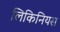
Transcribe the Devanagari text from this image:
लिकिनियस